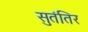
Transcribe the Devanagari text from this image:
सुतंतिर